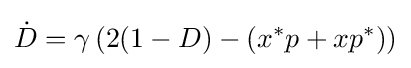
{\dot {D}}=\gamma \left(2(1-D)-(x^{*}p+xp^{*})\right)